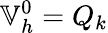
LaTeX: \mathbb{V}_{h}^{0}=Q_{k}